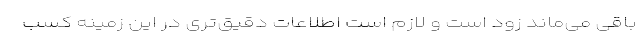
باقی می‌ماند زود است و لازم است اطلاعات دقیق‌تری در این زمینه کسب